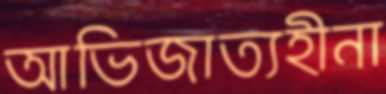
আভিজাত্যহীনা